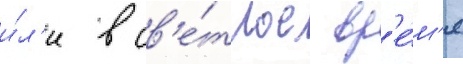
и́л'и в св'е́тлое вр'е́м'я